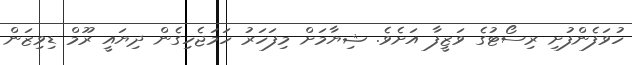
ހުވަފެންފުށި ރިސޯޓުގެ ވަޒީފާ އަށެވެ. ޝިޔާމަށް މިފަހަރު ހަމަޖެހިގެން ދިޔައީ ރޫމް ޑިވިޒަން